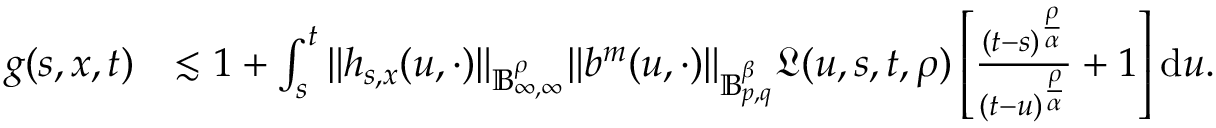
\begin{array} { r l } { g ( s , x , t ) } & { \lesssim 1 + \int _ { s } ^ { t } \Vert h _ { s , x } ( u , \cdot ) \Vert _ { \mathbb { B } _ { \infty , \infty } ^ { \rho } } \Vert b ^ { m } ( u , \cdot ) \Vert _ { \mathbb { B } _ { p , q } ^ { \beta } } \mathfrak { L } ( u , s , t , \rho ) \left[ \frac { ( t - s ) ^ { \frac { \rho } { \alpha } } } { ( t - u ) ^ { \frac { \rho } { \alpha } } } + 1 \right] \mathrm { d } u . } \end{array}